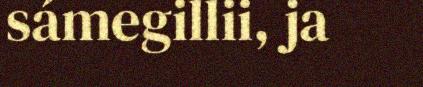
sámegillii, ja